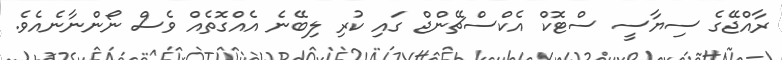
ރާއްޖޭގެ ސިޔާސީ ސްޓޮކް އެކްސްޗޭންޖް ގައި ކުރި ލިބޭނެ އެއްގޮތެއް ވެސް ނޯންނާނެއެވެ.